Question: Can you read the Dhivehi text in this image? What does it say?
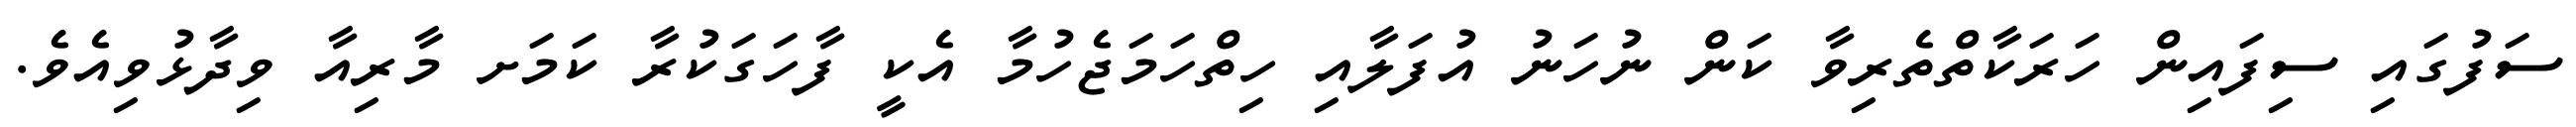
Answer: ސަފުގައި ސިފައިން ހަރަކާތްތެރިވާ ކަން ނުހަނު އުފަލާއި ހިތްހަމަޖެހުމާ އެކީ ފާހަގަކުރާ ކަމަށ މާރިއާ ވިދާޅުވިއެވެ.